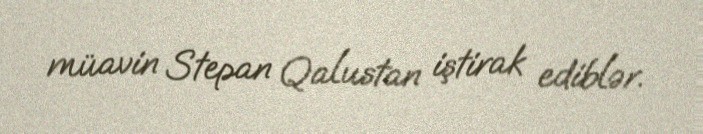
müavin Stepan Qalustan iştirak ediblər.